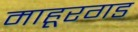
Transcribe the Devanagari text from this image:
माहूरगड